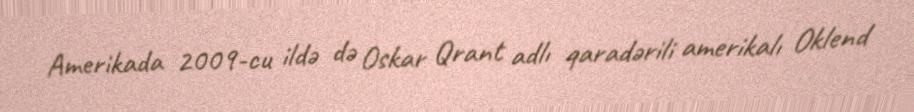
Amerikada 2009-cu ildə də Oskar Qrant adlı qaradərili amerikalı Oklend